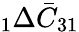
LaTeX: \phantom{}_{1}\Delta\bar{C}_{31}